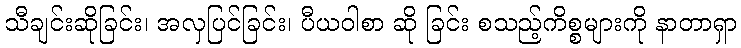
သီချင်းဆိုခြင်း၊ အလှပြင်ခြင်း၊ ပီယဝါစာ ဆို ခြင်း စသည့်ကိစ္စများကို နာတာရှာ